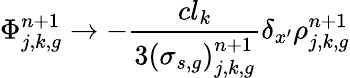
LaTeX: \Phi_{j,k,g}^{n+1}\to-\frac{cl_{k}}{3\left(\sigma_{s,g}\right)_{j,k,g}^{n+1}}\delta_{x^{\prime}}\rho_{j,k,g}^{n+1}